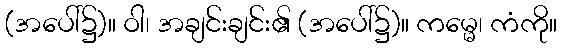
(အပေါ်၌)။ ဝါ၊ အချင်းချင်း၏ (အပေါ်၌)။ ကမ္မေ၊ ကံကို။